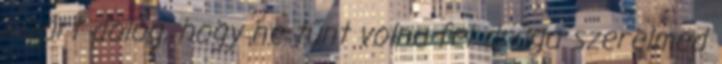
kizárt dolog, hogy ne tűnt volna fel drága szerelmed